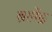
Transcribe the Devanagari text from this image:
ब्रह्मेंद्र